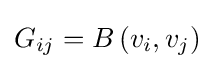
G_{ij}=B\left(v_{i},v_{j}\right)